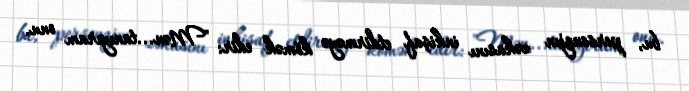
bu, personajın zəkasını inkişaf etdirməyə kömək edir: "Mən...tanıyıram onu.